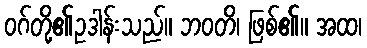
ဝဂ်တို့၏ဥဒါန်းသည်။ ဘဝတိ၊ ဖြစ်၏။ အထ၊